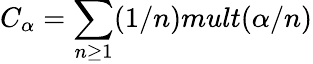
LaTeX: C_{\alpha}=\sum_{n\geq 1}(1/n)mult(\alpha/n)